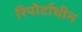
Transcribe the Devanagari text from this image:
रिपोर्टाधीन